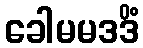
ခေါမမဒဒိံ